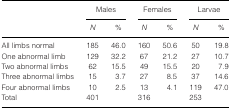
<table><thead><tr><td></td><td colspan="2"><b>Males</b></td><td colspan="2"><b>Females</b></td><td colspan="2"><b>Larvae</b></td></tr><tr><td></td><td><b><i>N</i></b></td><td><b>%</b></td><td><b><i>N</i></b></td><td><b>%</b></td><td><b><i>N</i></b></td><td><b>%</b></td></tr></thead><tbody><tr><td>All limbs normal</td><td>185</td><td>46.0</td><td>160</td><td>50.6</td><td>50</td><td>19.8</td></tr><tr><td>One abnormal limb</td><td>129</td><td>32.2</td><td>67</td><td>21.2</td><td>27</td><td>10.7</td></tr><tr><td>Two abnormal limbs</td><td>62</td><td>15.5</td><td>49</td><td>15.5</td><td>20</td><td>7.9</td></tr><tr><td>Three abnormal limbs</td><td>15</td><td>3.7</td><td>27</td><td>8.5</td><td>37</td><td>14.6</td></tr><tr><td>Four abnormal limbs</td><td>10</td><td>2.5</td><td>13</td><td>4.1</td><td>119</td><td>47.0</td></tr><tr><td>Total</td><td>401</td><td></td><td>316</td><td></td><td>253</td><td></td></tr></tbody></table>